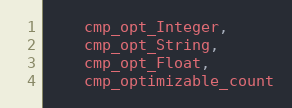
Language: C
    cmp_opt_Integer,
    cmp_opt_String,
    cmp_opt_Float,
    cmp_optimizable_count